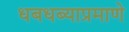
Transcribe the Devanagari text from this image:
धबधब्याप्रमाणे